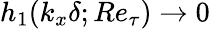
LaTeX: h_{1}(k_{x}\delta;Re_{\tau})\rightarrow 0